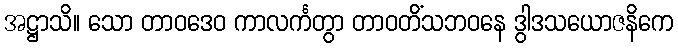
အဋ္ဌာသိ။ သော တာဝဒေဝ ကာလင်္ကတွာ တာဝတိံသဘဝနေ ဒွါဒသယောဇနိကေ